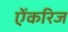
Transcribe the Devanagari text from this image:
ऐंकरिज